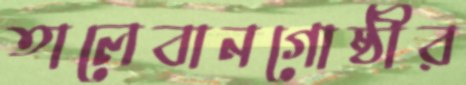
তালেবানগোষ্ঠীর